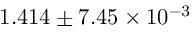
1 . 4 1 4 \pm 7 . 4 5 \times 1 0 ^ { - 3 }